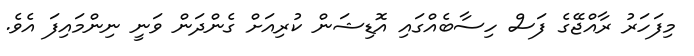
މިފަހަރު ރާއްޖޭގެ ފަސް ހިސާބެއްގައި އޮޑިޝަން ކުރިއަށް ގެންދަން ވަނީ ނިންމައިފަ އެވެ.